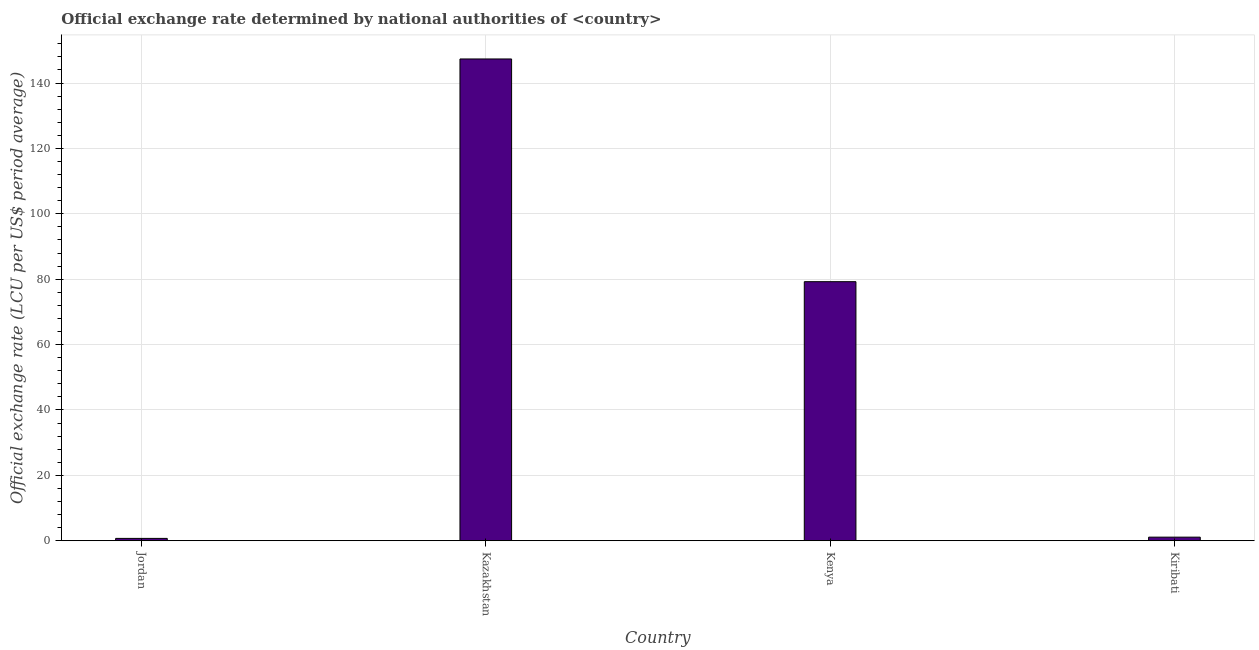
| Country | Official exchange rate |
 | --- | --- |
 | Jordan | 0.71 |
 | Kazakhstan | 147 |
 | Kenya | 79.2 |
 | Kiribati | 1.09 |